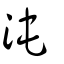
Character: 沌